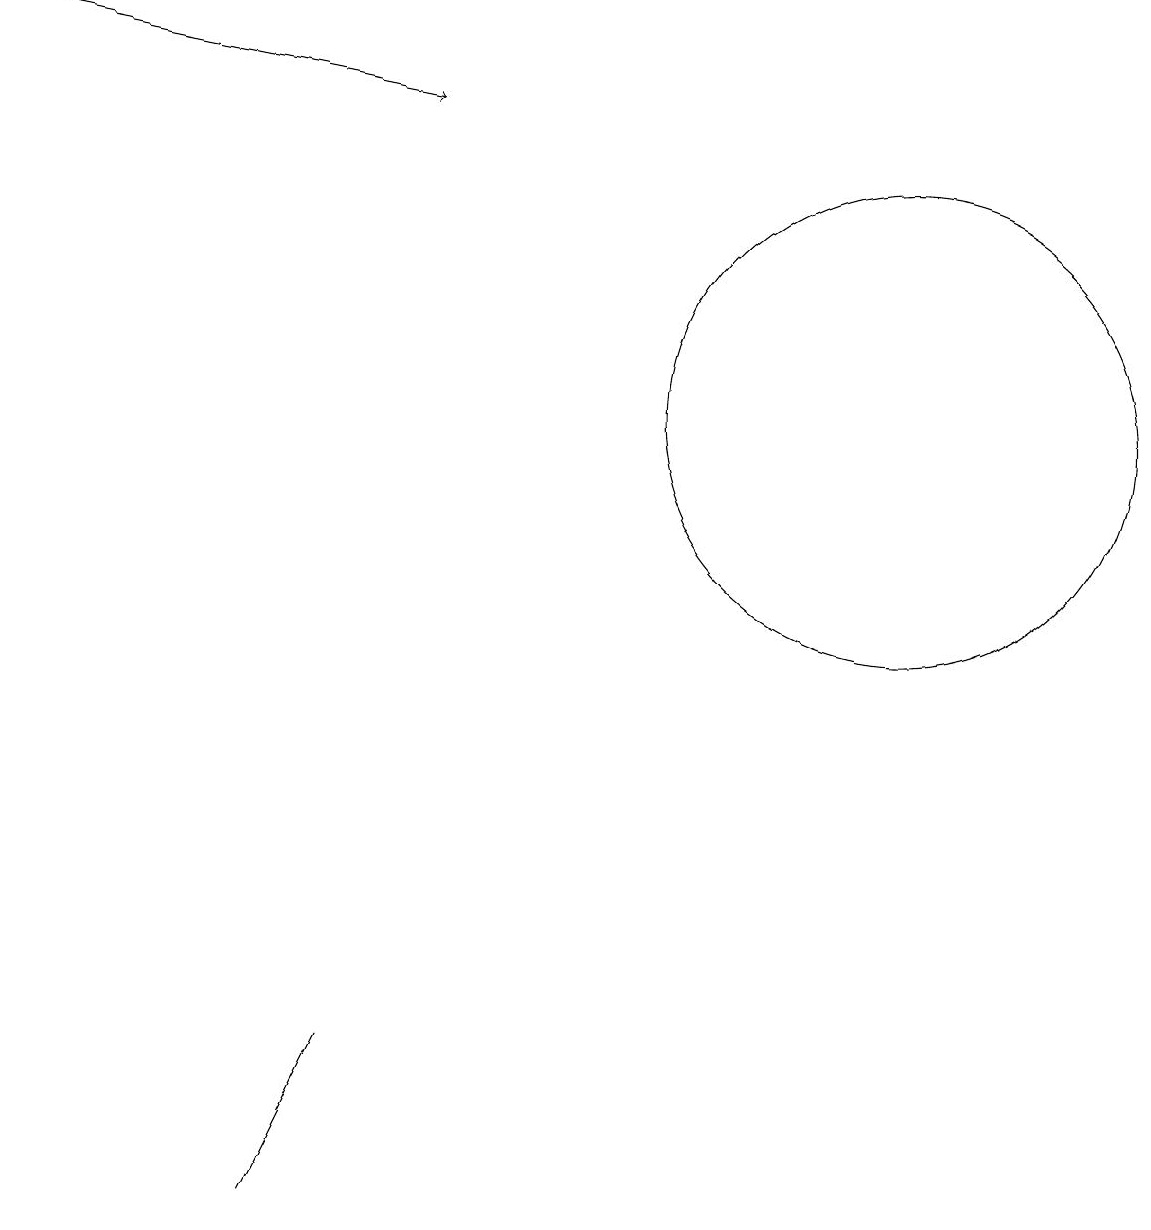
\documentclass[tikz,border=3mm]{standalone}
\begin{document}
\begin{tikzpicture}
\draw[->] (1,15) -- (6,14);
\draw (12,10) circle (3);
\draw (5,2) -- (4,0) -- (5,2) -- cycle;
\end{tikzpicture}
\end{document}